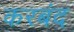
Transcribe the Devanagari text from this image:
करबंद